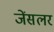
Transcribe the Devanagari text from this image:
जेंसलर